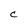
Character: C